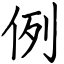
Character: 例